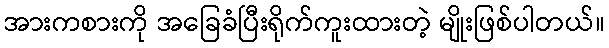
အားကစားကို အခြေခံပြီးရိုက်ကူးထားတဲ့ မျိုးဖြစ်ပါတယ်။